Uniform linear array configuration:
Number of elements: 12
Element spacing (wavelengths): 0.25
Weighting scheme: hann
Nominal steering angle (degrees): -60
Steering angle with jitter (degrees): -60.341
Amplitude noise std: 0.05
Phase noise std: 0.05

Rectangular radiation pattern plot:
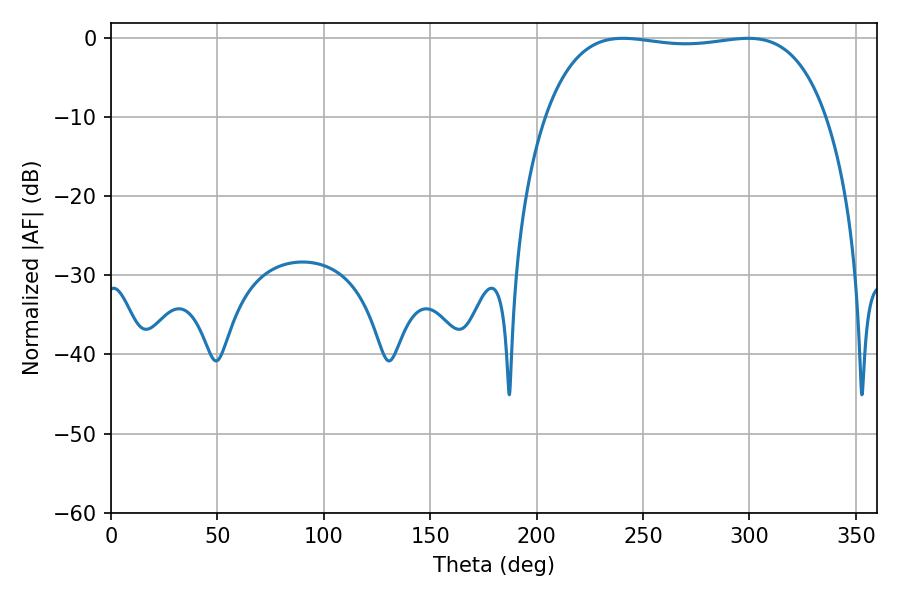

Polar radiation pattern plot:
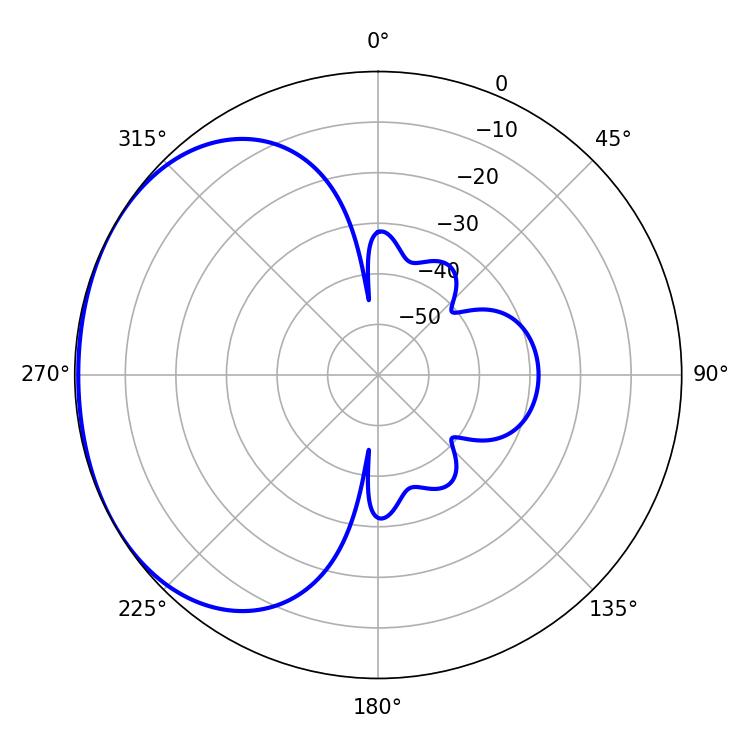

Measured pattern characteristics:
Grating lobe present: FALSE
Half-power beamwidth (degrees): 105.12
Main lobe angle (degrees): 240.48